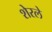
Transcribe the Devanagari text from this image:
शेरले